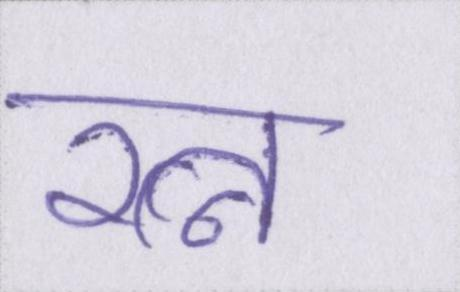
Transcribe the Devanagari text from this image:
रत्न